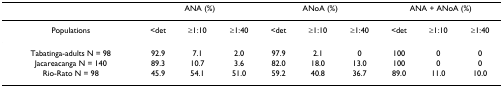
|  | <COLSPAN=3> ANA (%) | <COLSPAN=3> ANoA (%) | <COLSPAN=3> ANA + ANoA (%) |
 | --- | --- | --- | --- | --- | --- | --- | --- | --- | --- |
 | Populations | <det | ≥1:10 | ≥1:40 | <det | ≥1:10 | ≥1:40 | <det | ≥1:10 | ≥1:40 |
 | Tabatinga-adults N = 98 | 92.9 | 7.1 | 2.0 | 97.9 | 2.1 | 0 | 100 | 0 | 0 |
 | Jacareacanga N = 140 | 89.3 | 10.7 | 3.6 | 82.0 | 18.0 | 13.0 | 100 | 0 | 0 |
 | Rio-Rato N = 98 | 45.9 | 54.1 | 51.0 | 59.2 | 40.8 | 36.7 | 89.0 | 11.0 | 10.0 |